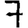
Digit: 7